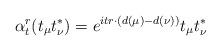
LaTeX: \begin{align*}\alpha^r_t(t_\mu t^*_\nu)=e^{itr\cdot(d(\mu)-d(\nu))}t_\mu t^*_\nu\end{align*}